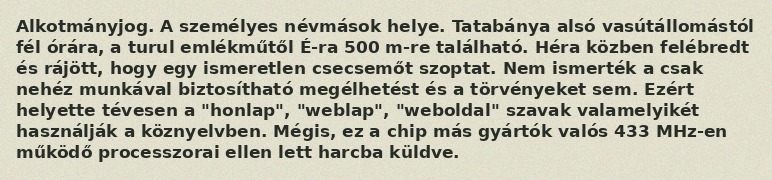
Alkotmányjog. A személyes névmások helye. Tatabánya alsó vasútállomástól fél órára, a turul emlékműtől É-ra 500 m-re található. Héra közben felébredt és rájött, hogy egy ismeretlen csecsemőt szoptat. Nem ismerték a csak nehéz munkával biztosítható megélhetést és a törvényeket sem. Ezért helyette tévesen a "honlap", "weblap", "weboldal" szavak valamelyikét használják a köznyelvben. Mégis, ez a chip más gyártók valós 433 MHz-en működő processzorai ellen lett harcba küldve.